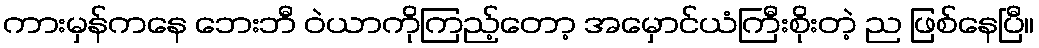
ကားမှန်ကနေ ဘေးဘီ ဝဲယာကိုကြည့်တော့ အမှောင်ယံကြီးစိုးတဲ့ ည ဖြစ်နေပြီ။